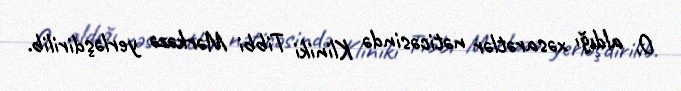
O, aldığı xəsarətlər nəticəsində Kliniki Tibbi Mərkəzə yerləşdirilib.